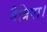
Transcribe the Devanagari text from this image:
मैत्रिपा।